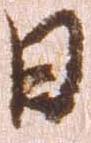
日